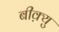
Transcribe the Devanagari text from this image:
बीक़्यु